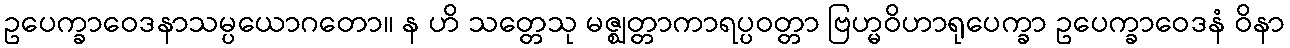
ဥပေက္ခာဝေဒနာသမ္ပယောဂတော။ န ဟိ သတ္တေသု မဇ္ဈတ္တာကာရပ္ပဝတ္တာ ဗြဟ္မဝိဟာရုပေက္ခာ ဥပေက္ခာဝေဒနံ ဝိနာ